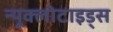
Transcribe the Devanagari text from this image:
न्यूक्लोटाइड्स